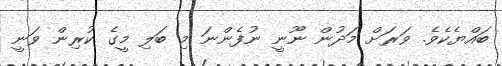
ބައްޔެކެވެ. ވަރަށް މަދުން ނޫނީ ނުފެންނަ މި ބަލި މީގެ ކުރިން ވަނީ